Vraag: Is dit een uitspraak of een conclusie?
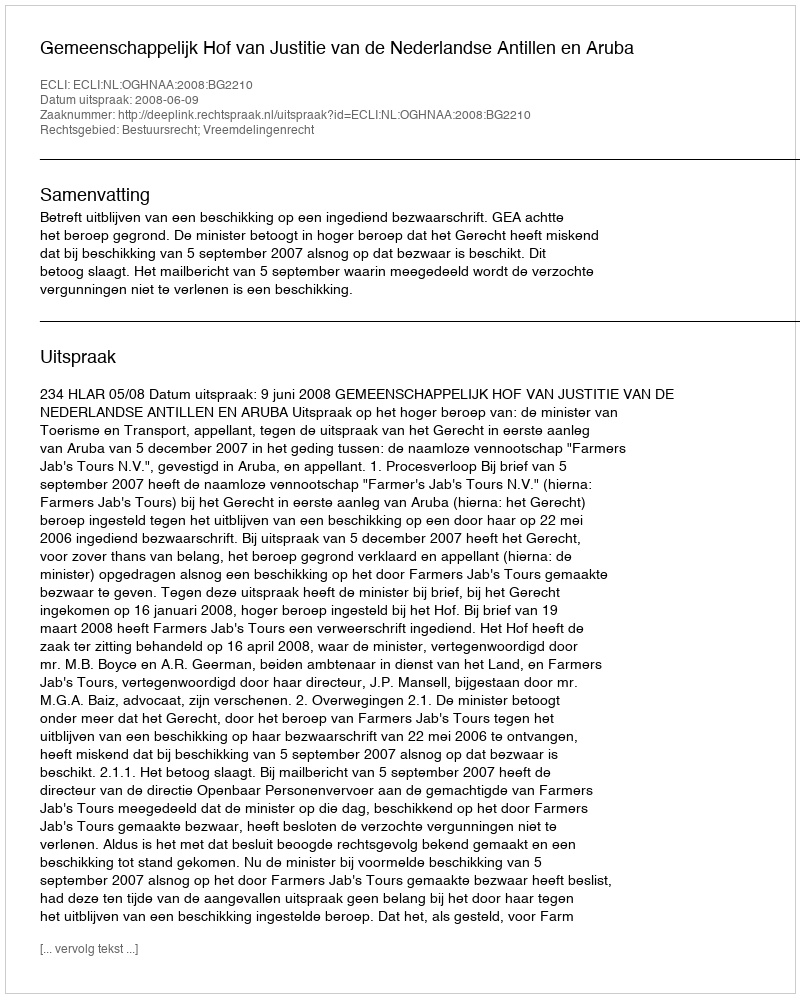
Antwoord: Uitspraak